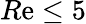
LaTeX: R\mathrm{e}\le5